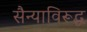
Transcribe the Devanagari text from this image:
सैन्याविरूद्ध